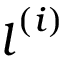
\boldsymbol { l } ^ { ( i ) }